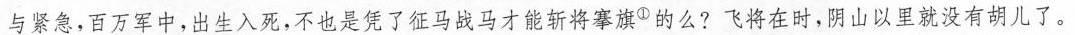
与紧急，百万军中，出生入死，不也是凭了征马战马才能斩将搴旗的么？飞将在时，阴山以里就没有胡儿了。